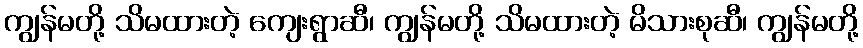
ကျွန်မတို့ သိမထားတဲ့ ကျေးရွာဆီ၊ ကျွန်မတို့ သိမထားတဲ့ မိသားစုဆီ၊ ကျွန်မတို့